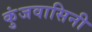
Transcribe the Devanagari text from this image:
कुंजवासिनी